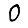
Digit: 0